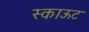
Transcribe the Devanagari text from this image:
स्काऊट